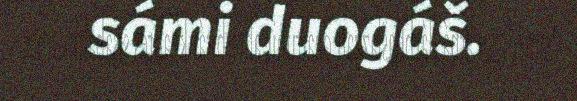
sámi duogáš.